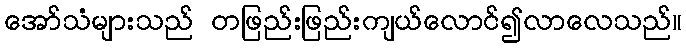
အော်သံများသည် တဖြည်းဖြည်းကျယ်လောင်၍လာလေသည်။